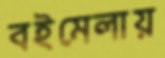
বইমেলায়